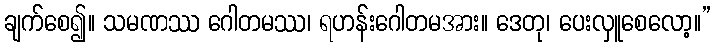
ချက်စေ၍။ သမဏဿ ဂေါတမဿ၊ ရဟန်းဂေါတမအား။ ဒေတု၊ ပေးလှူစေလော့။”